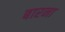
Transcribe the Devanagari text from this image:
बारना